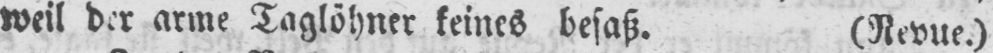
weil der arme Taglöhner keines besaß. (Revue.)